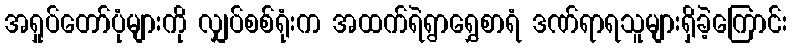
အရှုပ်တော်ပုံများကို လျှပ်စစ်ရုံးက အထက်ရဲရွာရွှေစာရံ ဒဏ်ရာရသူများရှိခဲ့ကြောင်း